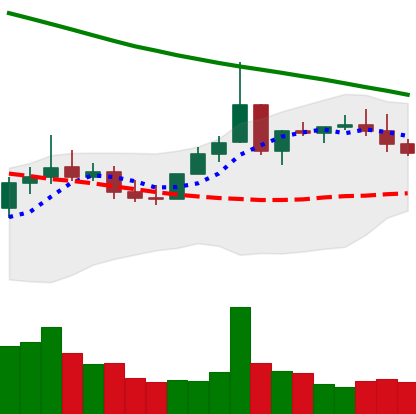
Ticker: XLM-USD
Chart end date: 2022-08-16
Forward return: -8.901%
Label: down_7plus